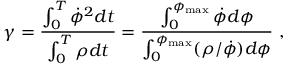
\gamma = \frac { \int _ { 0 } ^ { T } \dot { \phi } ^ { 2 } d t } { \int _ { 0 } ^ { T } \rho d t } = \frac { \int _ { 0 } ^ { \phi _ { \mathrm { { m a x } } } } \dot { \phi } d \phi } { \int _ { 0 } ^ { \phi _ { { \mathrm { m a x } } } } ( \rho / \dot { \phi } ) d \phi } ~ ,